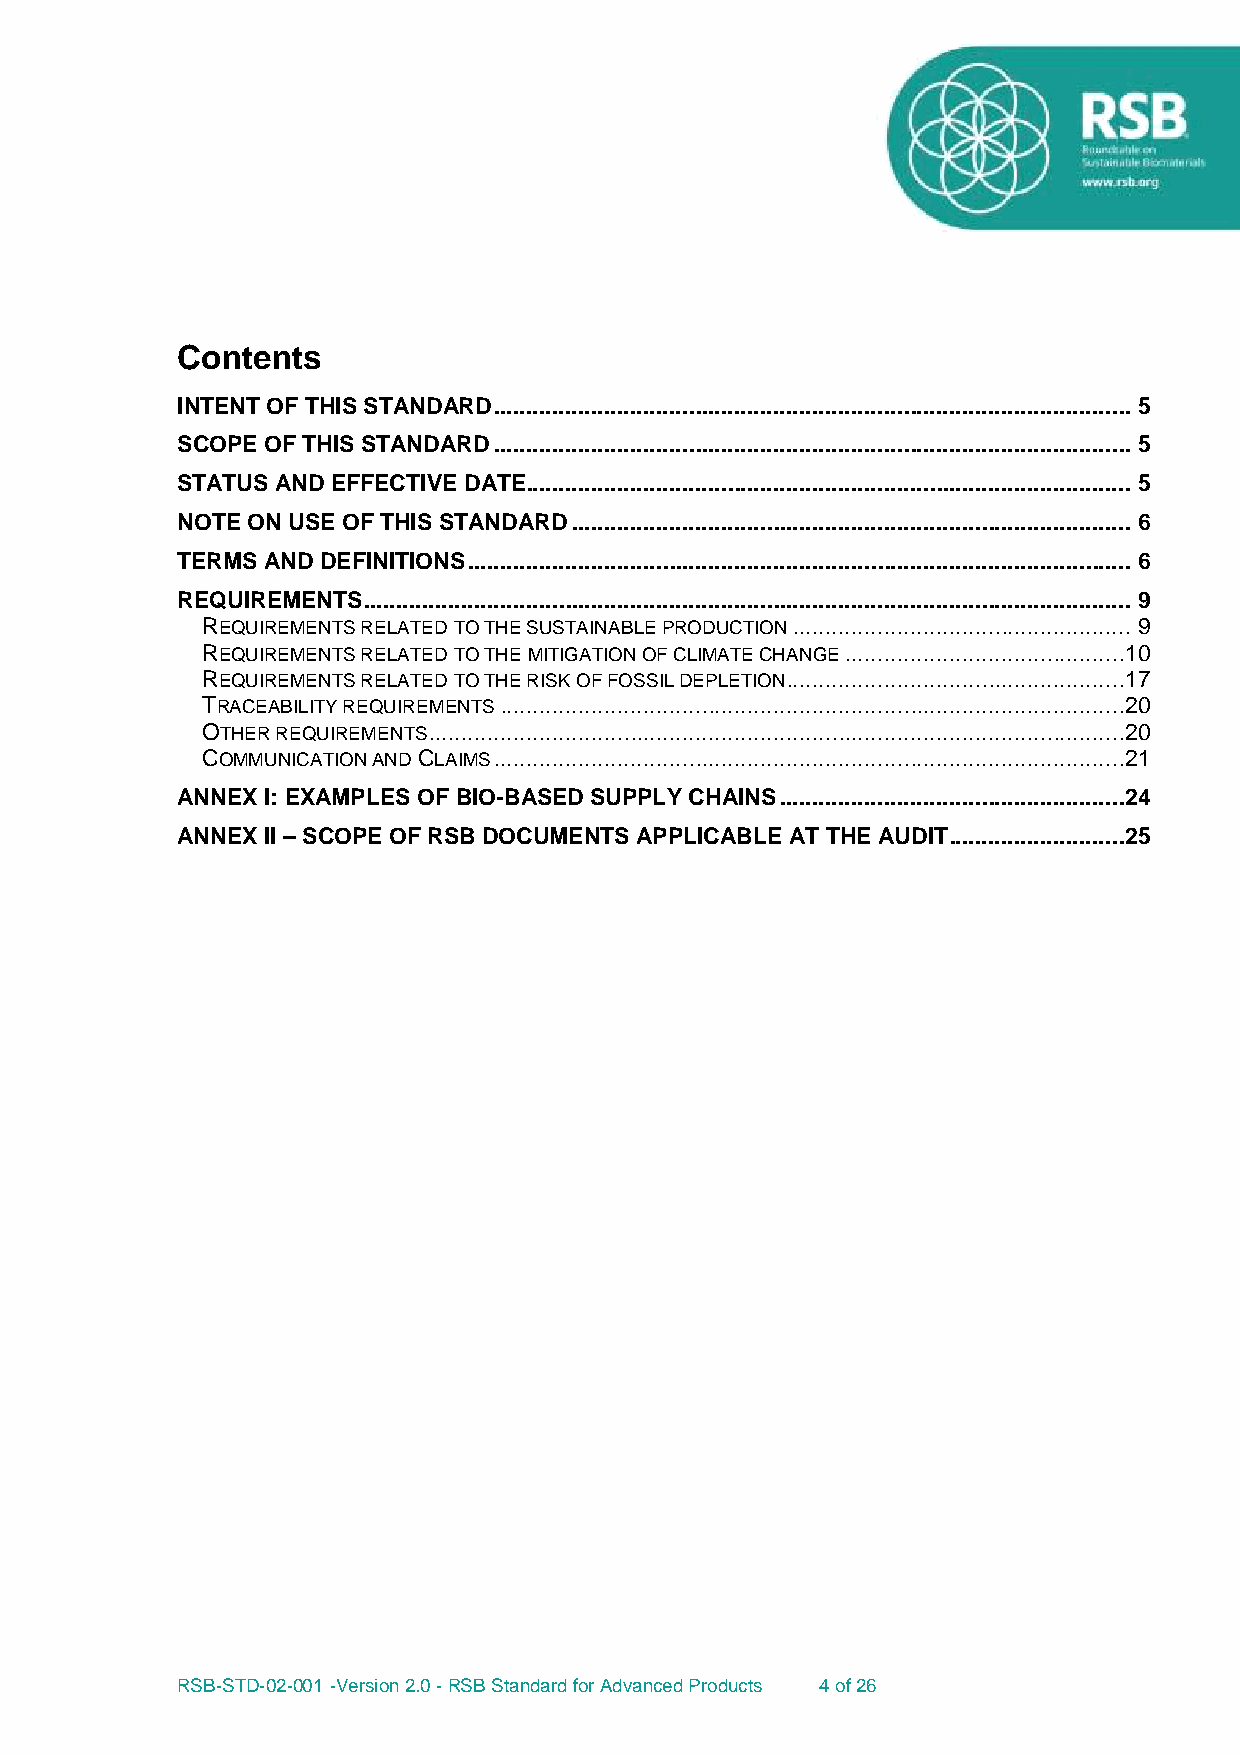
Contents
 INTENT OF THIS STANDARD .................................................................................................. 5
 SCOPE OF THIS STANDARD .................................................................................................. 5
 STATUS AND EFFECTIVE DATE ............................................................................................. 5
 NOTE ON USE OF THIS STANDARD ...................................................................................... 6
 TERMS AND DEFINITIONS ...................................................................................................... 6
 REQUIREMENTS ...................................................................................................................... 9
 REQUIREMENTS RELATED TO THE SUSTAINABLE PRODUCTION .................................................... 9
 REQUIREMENTS RELATED TO THE MITIGATION OF CLIMATE CHANGE ...........................................10
 REQUIREMENTS RELATED TO THE RISK OF FOSSIL DEPLETION ....................................................17
 TRACEABILITY REQUIREMENTS ................................................................................................20
 OTHER REQUIREMENTS ...........................................................................................................20
 COMMUNICATION AND CLAIMS .................................................................................................21
 ANNEX I: EXAMPLES OF BIO-BASED SUPPLY CHAINS .....................................................24
 ANNEX II – SCOPE OF RSB DOCUMENTS APPLICABLE AT THE AUDIT ...........................25
 RSB-STD-02-001 -Version 2.0 - RSB Standard for Advanced Products 4 of 26